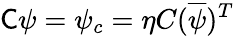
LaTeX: {\mathsf{C}}\psi=\psi_{c}=\eta C({\overline{{\psi}}})^{T}